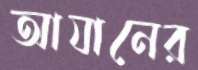
আযানের